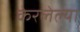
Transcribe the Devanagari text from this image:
केरलेल्या